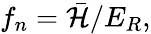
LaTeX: f_{n}=\mathcal{\bar{H}}/E_{R},